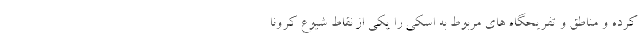
کرده و مناطق و تفریحگاه های مربوط به اسکی را یکی از نقاط شیوع کرونا